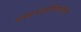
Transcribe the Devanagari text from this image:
सम्बन्धफीलिस्तीनी